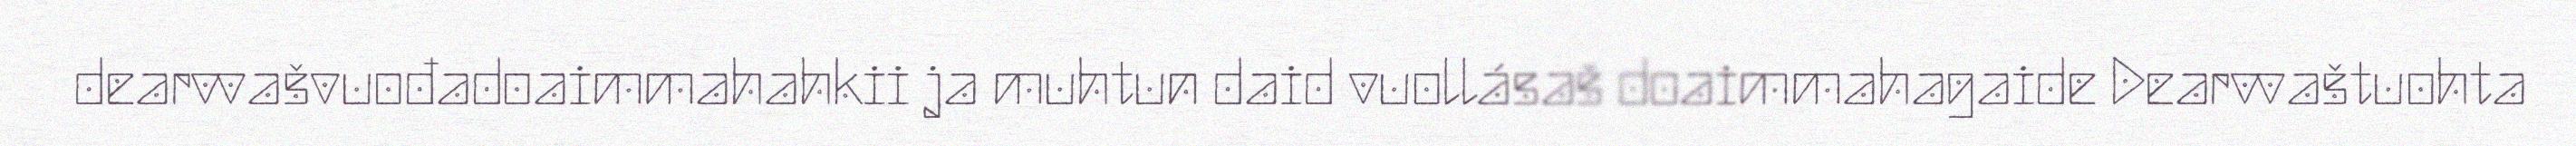
dearvvašvuođadoaimmahahkii ja muhtun daid vuollásaš doaimmahagaide Dearvvaštuohta